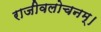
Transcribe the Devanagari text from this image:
राजीवलोचनम्‌।